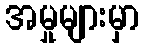
အမှုများမှာ